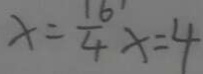
x = \frac { 1 6 } { 4 } x = 4